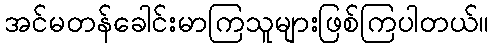
အင်မတန်ခေါင်းမာကြသူများဖြစ်ကြပါတယ်။